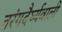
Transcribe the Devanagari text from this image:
तरंगदैर्घ्यवाली